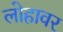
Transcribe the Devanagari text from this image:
लोहावर